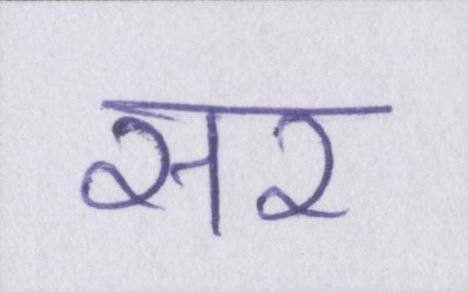
सर